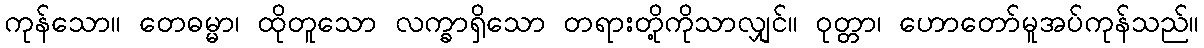
ကုန်သော။ တေဓမ္မာ၊ ထိုတူသော လက္ခာရှိသော တရားတို့ကိုသာလျှင်။ ဝုတ္တာ၊ ဟောတော်မူအပ်ကုန်သည်။